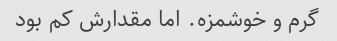
گرم و خوشمزه. اما مقدارش کم بود